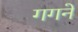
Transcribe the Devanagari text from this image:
गगने